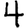
Digit: 4